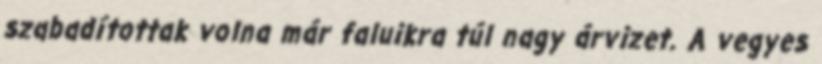
szabadítottak volna már faluikra túl nagy árvizet. A vegyes